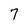
Character: 7